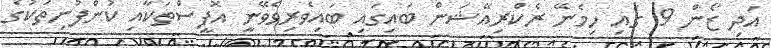
އަދި ޒޯން 9 ގައި ހިމެނޭ ރެކްރިއޭޝަން ބައިގައި ބައިވެރިވެވޭނީ އޮފީސްތަކާއި ކުންފުނިތަކުގެ